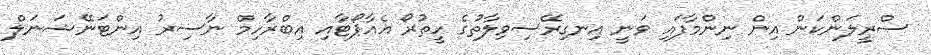
ސްރީލަންކަން އިން ނިންމާފައި ވަނީ އިނގިރޭސިވިލާތުގެ ހީތުރޯ އެއާޕޯޓާއި އިބްރާހިމް ނާސިރު އިންޓަނޭޝަނަލް